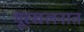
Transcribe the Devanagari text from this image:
भूस्खलनात